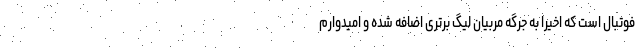
فوتبال است که اخیراً به جرگه مربیان لیگ برتری اضافه شده و امیدوارم